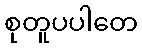
စုတူပပါတေ